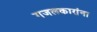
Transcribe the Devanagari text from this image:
गजलकारांना